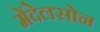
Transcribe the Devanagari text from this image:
मेंदेलसोन